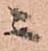
ニ